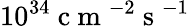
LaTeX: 10^{34}\mathrm{~c~m~}^{-2}\mathrm{~s~}^{-1}